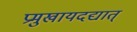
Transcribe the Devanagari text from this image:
प्रमुखायदद्यात्